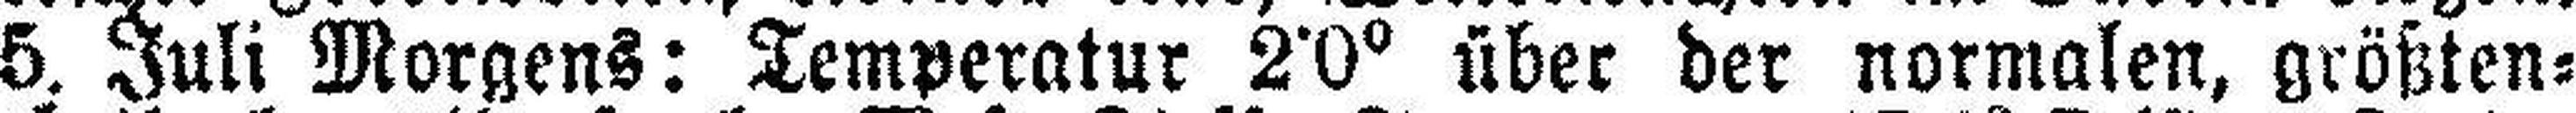
5. Juli Morgens: Temperatur 2•0° über der normalen, größten¬